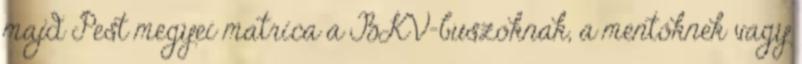
majd Pest megyei matrica a BKV-buszoknak, a mentőknek vagy